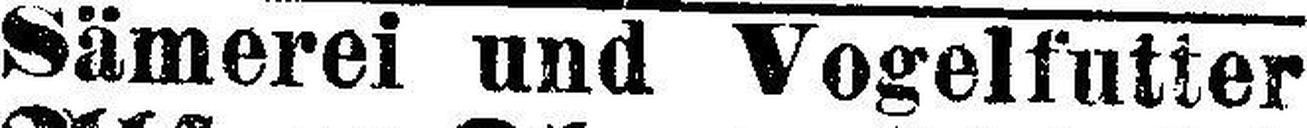
Sämerei und Vogelfutter